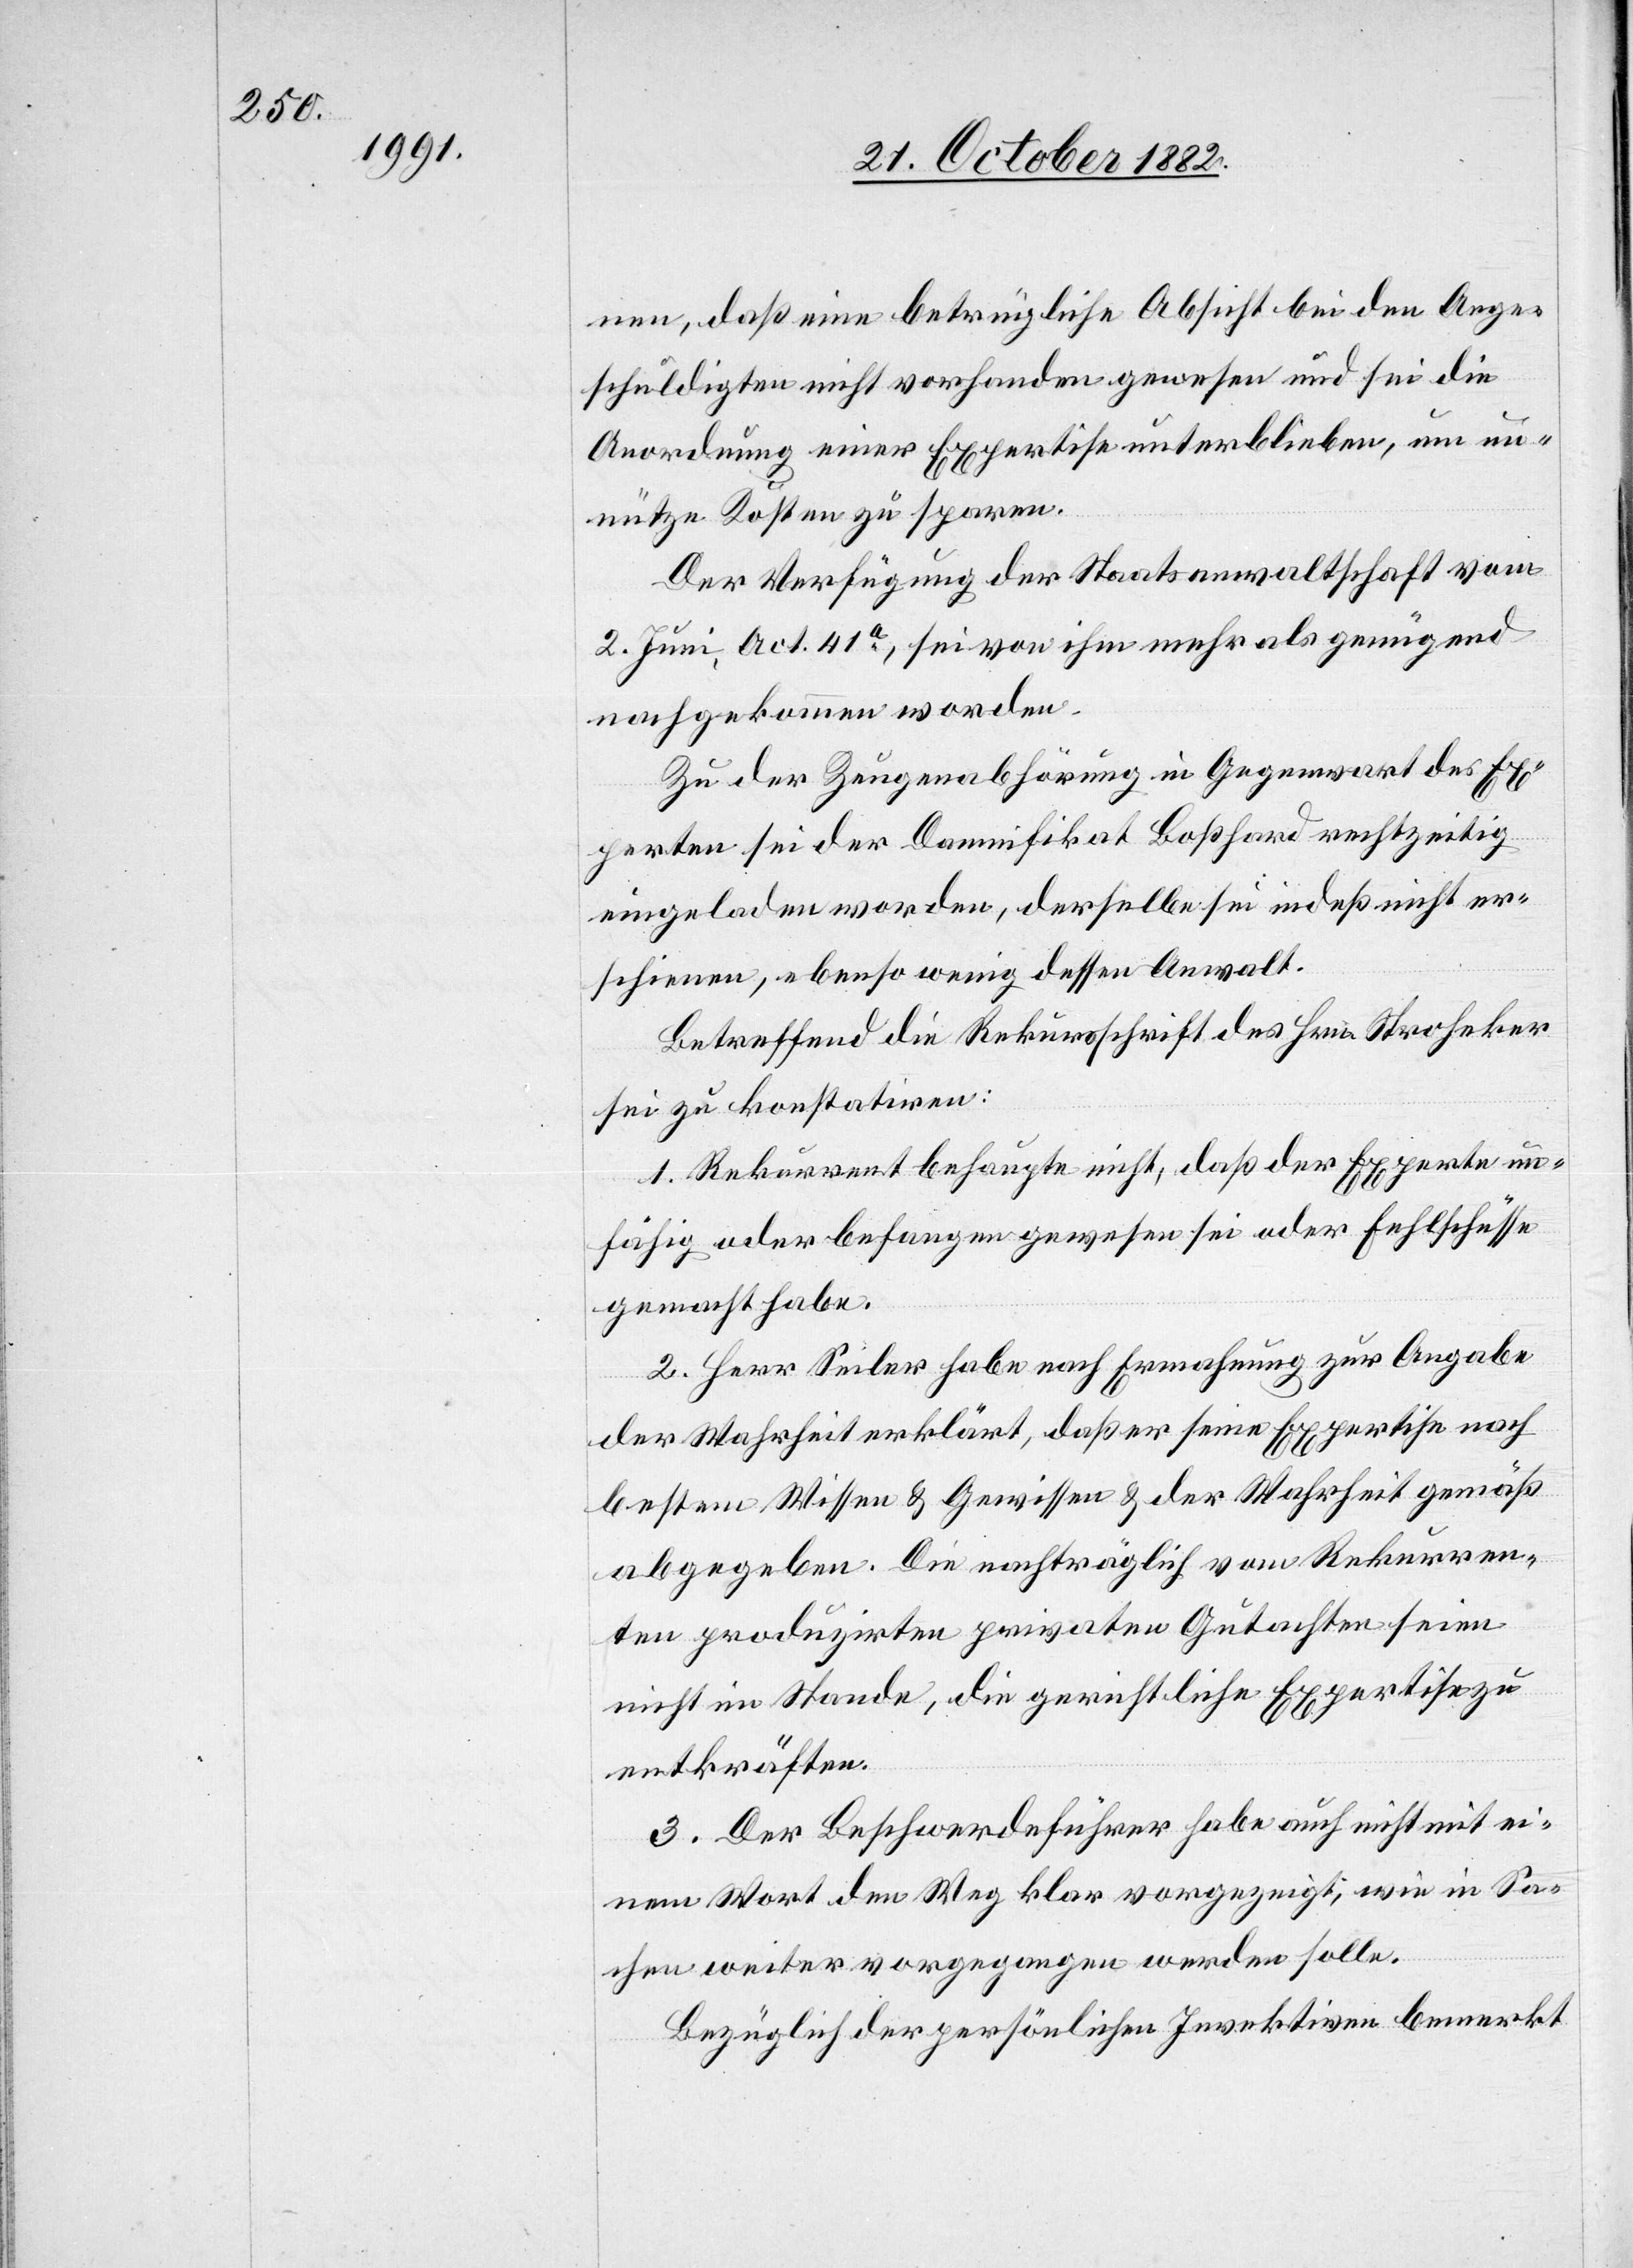
nen, daß eine betrügliche Absicht bei den Ange¬
schuldigten nicht vorhanden gewesen und sei die
Anordnung einer Expertise unterblieben, um un¬
nütze Kosten zu sparen.
Der Verfügung der Staatsanwaltschaft vom
2. Juni, Act. 41a, sei von ihm mehr als genügend
nachgekommen worden.
Zu der Zeugenabhörung in Gegenwart des Ex¬
perten sei der Damnifikat Boßhard rechtzeitig
eingeladen worden, derselbe sei indeß nicht er¬
schienen, ebenso wenig dessen Anwalt.
Betreffend die Rekursschrift des Hrn. Stroheker
sei zu konstatiren:
1. Rekurrent behaupte nicht, daß der Experte un¬
fähig oder befangen gewesen sei oder Fehlschlüsse
gemacht habe.
2. Herr Seiler habe nach Ermahnung zur Abgabe
der Wahrheit erklärt, daß er seine Expertise nach
bestem Wissen & Gewissen & der Wahrheit gemäß
abgegeben. Die nachträglich vom Rekurren¬
ten produzirten privaten Gutachten seien
nicht im Stande, die gerichtliche Expertise zu
entkräften.
3. Der Beschwerdeführer habe auch nicht mit ei¬
nem Wort den Weg klar vorgezeigt, wie in Sa¬
chen weiter vorgegangen werden solle.
Bezüglich der persönlichen Invektiven bemerkt